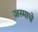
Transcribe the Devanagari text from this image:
जस्माचे